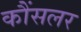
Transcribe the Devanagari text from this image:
कौंसलर